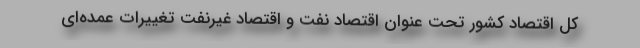
کل اقتصاد کشور تحت عنوان اقتصاد نفت و اقتصاد غیرنفت تغییرات عمده‌ای